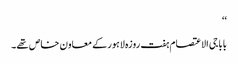
‘‘
بابا جی الاعتصام ہفت روزہ لاہور کے معاون خاص تھے۔